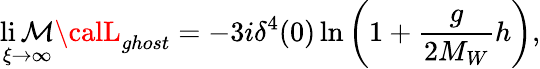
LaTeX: \operatorname*{li\mathcal{M}}_{\xi\to\infty}{\calL}_{ghost}=-3i\delta^{4}(0)\ln\left(1+\frac{{g}}{{2M_{W}}}h\right),